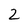
Character: 2